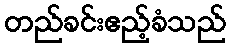
တည်ခင်းဧည့်ခံသည်